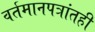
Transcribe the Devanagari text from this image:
वर्तमानपत्रांतही